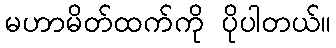
မဟာမိတ်ထက်ကို ပိုပါတယ်။